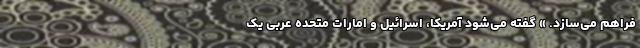
فراهم می‌سازد. » گفته می‌شود آمریکا، اسرائیل و امارات متحده عربی یک